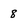
Character: 8